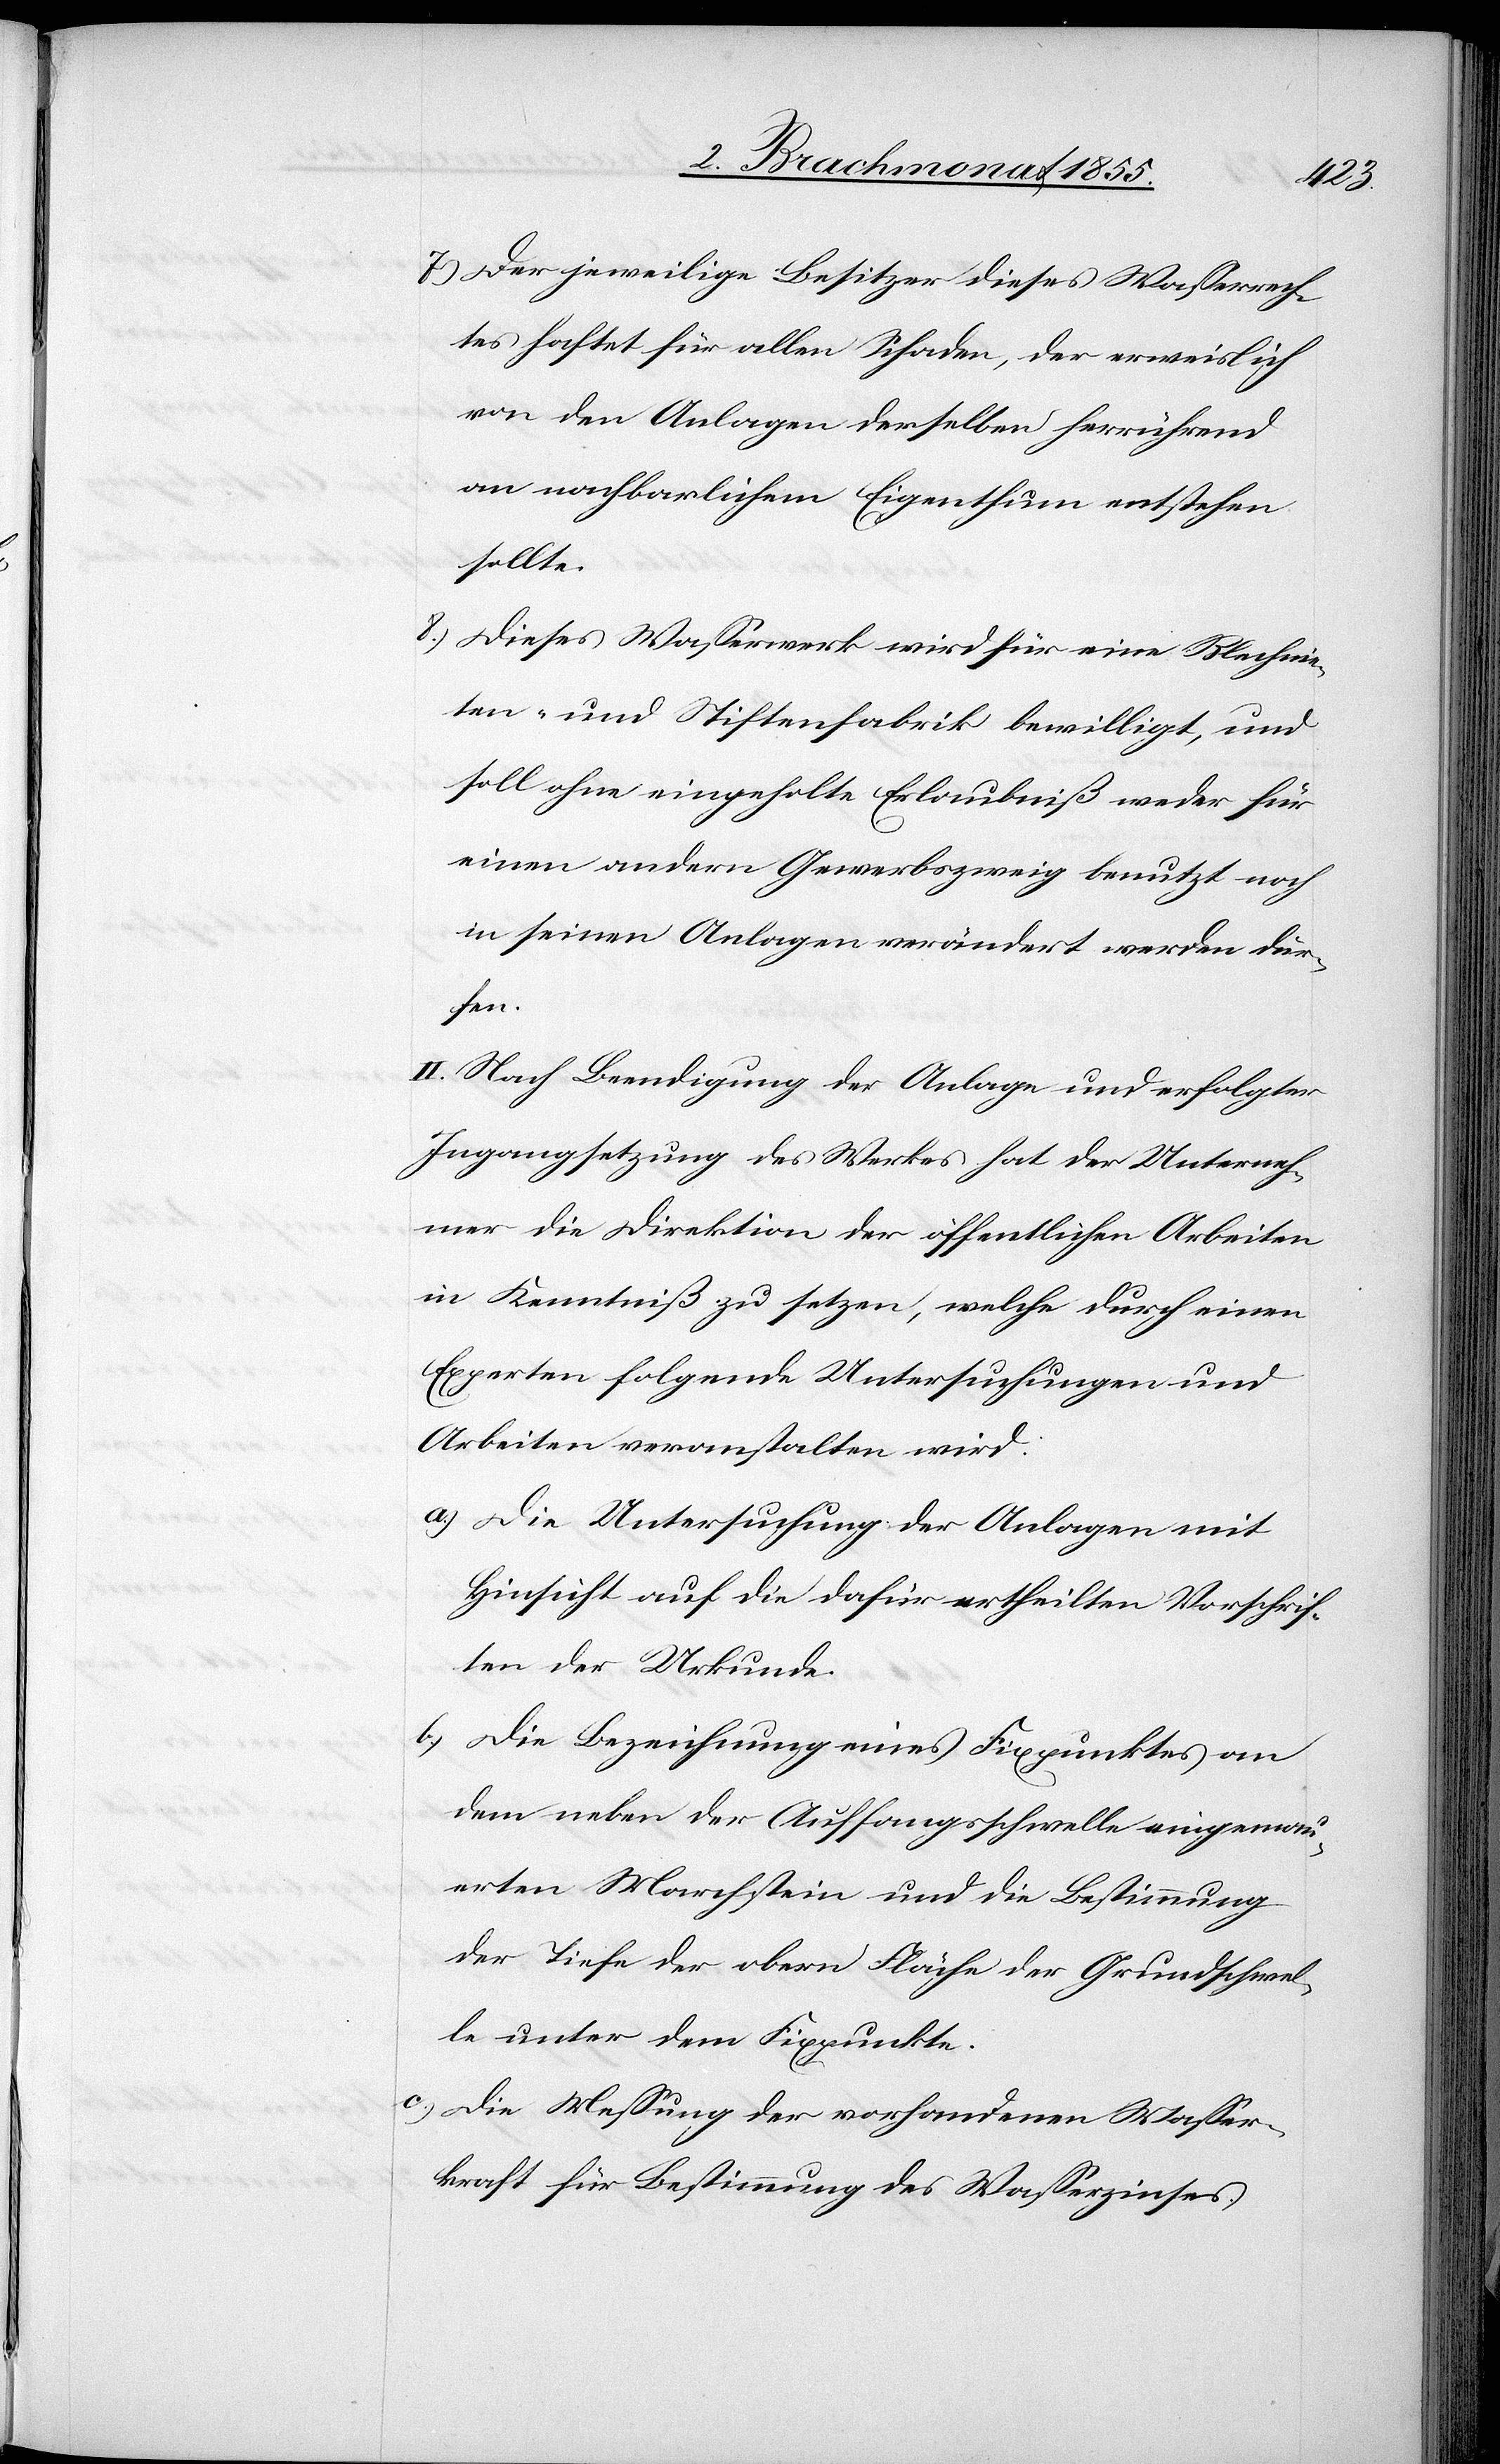
7.)
Der jeweilige Besitzer dieses Wasserrech¬
tes haftet für allen Schaden, der erweislich
von den Anlagen derselben herrührend
an nachbarlichem Eigenthum entstehen
sollte.
Dieses Wasserwerk wird für eine Blechnie¬
ten- und Stiftenfabrik bewilligt, und
soll ohne eingeholte Erlaubniß weder für
einen andern Gewerbszweig benutzt noch
in seinen Anlagen verändert werden dür¬
fen.
II. Nach Beendigung der Anlage und erfolgter
Ingangsetzung des Werkes hat der Unterneh¬
mer die Direktion der öffentlichen Arbeiten
in Kenntniß zu setzen, welche durch einen
Experten folgende Untersuchungen und
Arbeiten veranstalten wird:
Die Untersuchung der Anlagen mit
Hinsicht auf die dafür ertheilten Vorschrif¬
ten der Urkunde.
Die Bezeichnung eines Fixpunktes an
dem neben der Auffangsschwelle eingemau¬
erten Marchstein und die Bestimmung
der Tiefe der obern Fläche der Grundschwel¬
le unter dem Fixpunkte.
Die Messung der vorhandenen Wasser¬
kraft für Bestimmung des Wasserzinses.